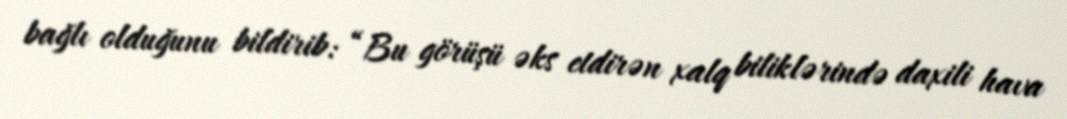
bağlı olduğunu bildirib: “Bu görüşü əks etdirən xalq biliklərində daxili hava